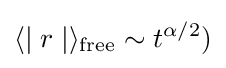
\langle \mid r\mid \rangle _{\text{free}}\sim t^{\alpha /2})